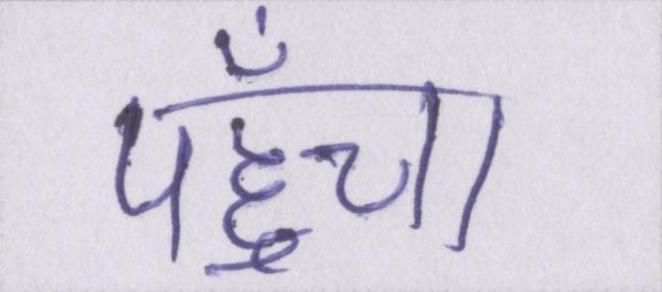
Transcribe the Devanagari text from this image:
पहुँचा